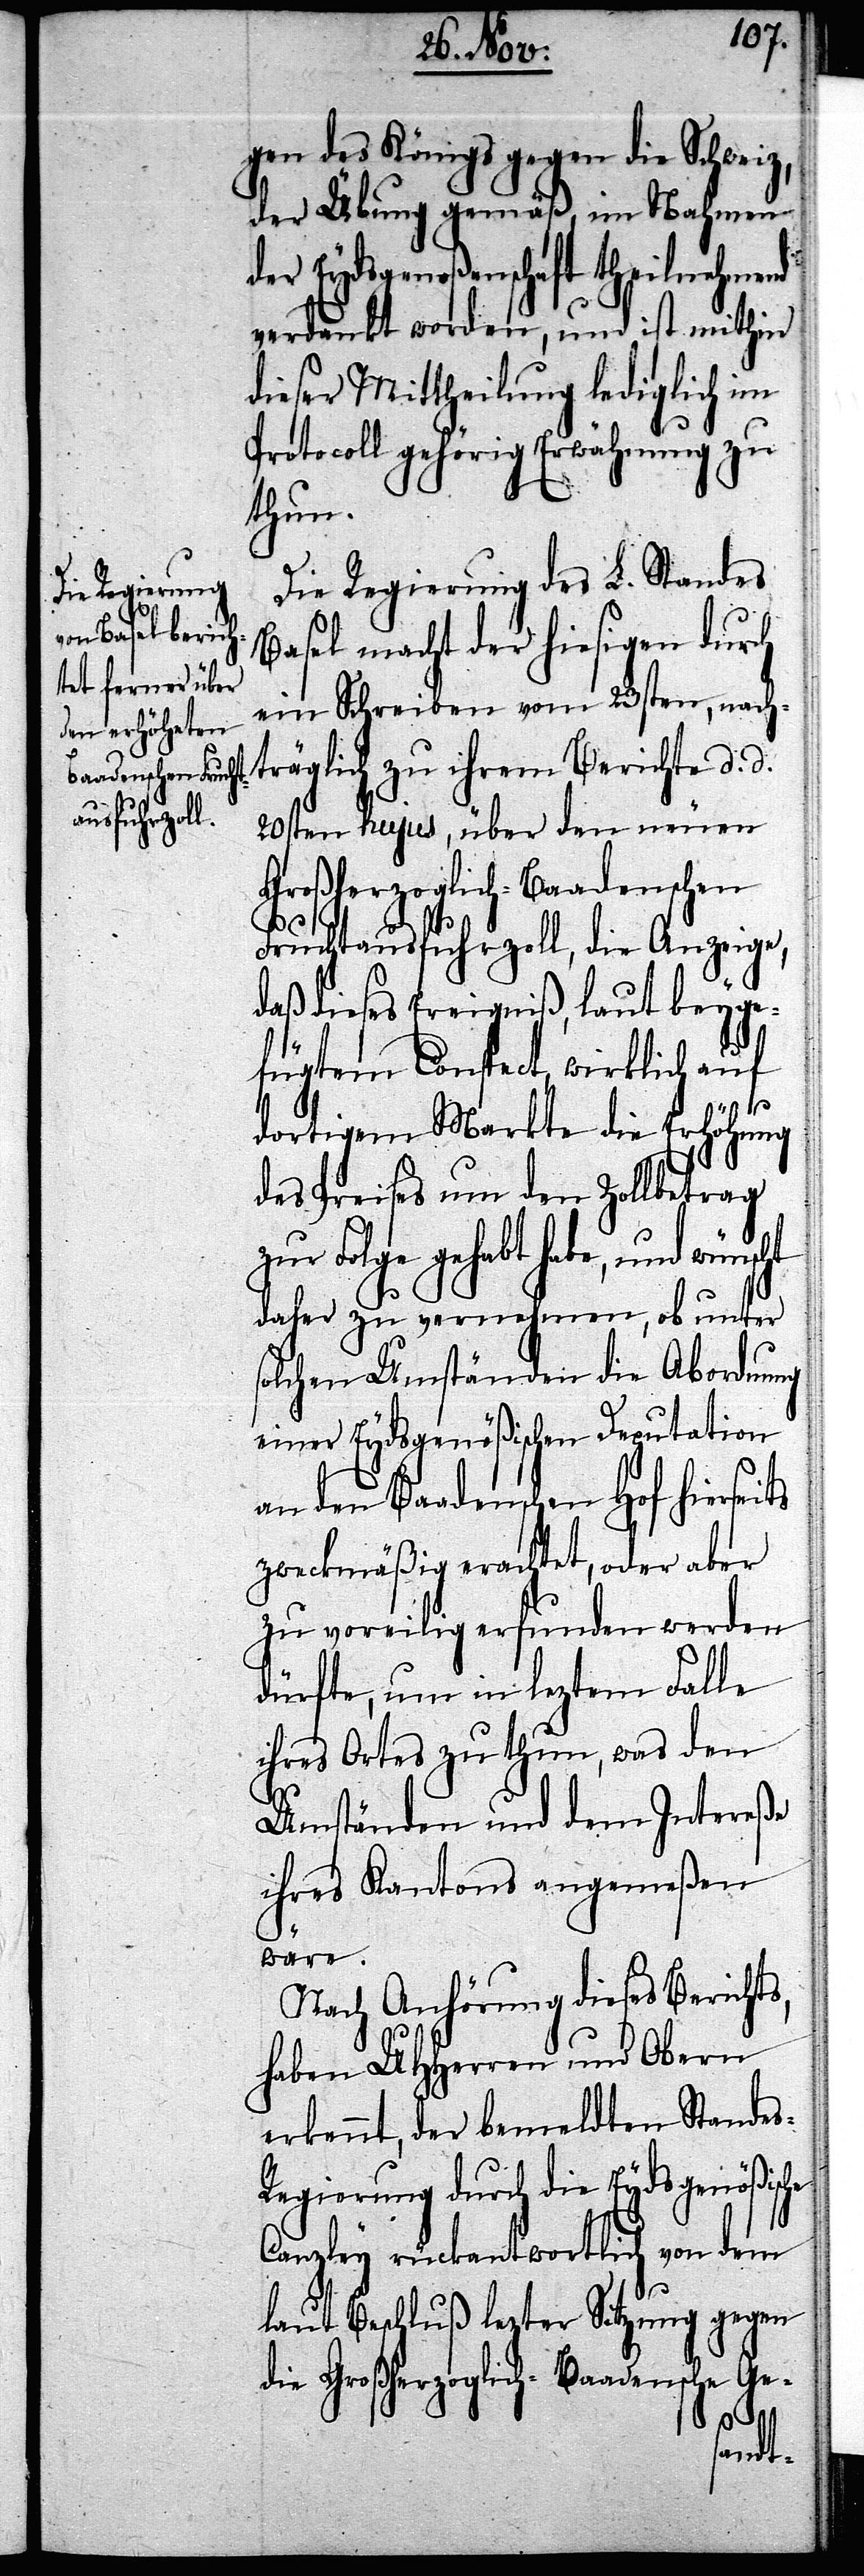
gen des Königs gegen die Schweiz,
der Übung gemäß, im Nahmen
der Eydsgenoßenschaft theilnehmend
verdankt worden, und ist mithin
dieser Mittheilung lediglich im
Protocoll gehörig Erwähnung zu
thun.
Die Regierung des L. Standes
Basel macht der hiesigen durch
ein Schreiben vom 23sten, nach¬
träglich zu ihrem Berichte d. d.
20sten hujus, über den neuen
Großherzoglich-Baadenschen
Fruchtausfuhrzoll, die Anzeige,
daß dieses Ereigniß, laut beyge¬
fügtem Conspect, wirklich auf
dortigem Markte die Erhöhung
des Preises um den Zollbetrag
Folge gehabt habe, und
daher zu vernehmen, ob unter
solchen Umständen die Abordnung
einer Eydsgenößischen Deputation
an den Baadenschen Hof hierseits
zweckmäßig erachtet, oder aber
zu voreilig erfunden werden
dürfte, um in leztem Falle
ihres Ortes zu thun, was den
Umständen und dem Intereße
ihres Kantons angemeßen
wäre.
Nach Anhörung dieses Berichts,
haben UHHerren und Obern
erkennt, der bemeldten Standes-R¬
egierung durch die Eydsgenößische
Canzley rückantwortlich von dem
laut Beschluß lezter Sitzung gegen
die Großherzoglich-Baadensche Ge-